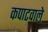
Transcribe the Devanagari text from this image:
कपाटवाले